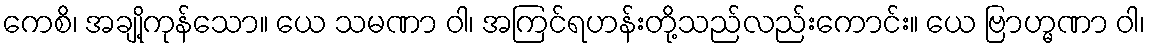
ကေစိ၊ အချို့ကုန်သော။ ယေ သမဏာ ဝါ၊ အကြင်ရဟန်းတို့သည်လည်းကောင်း။ ယေ ဗြာဟ္မဏာ ဝါ၊